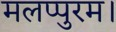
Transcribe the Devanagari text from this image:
मलप्पुरम।